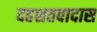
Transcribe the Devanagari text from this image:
दहशतवादास